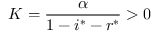
K = \frac { \alpha } { 1 - i ^ { * } - r ^ { * } } > 0